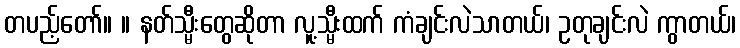
တပည့်တော်။ ။ နတ်သ္မီးတွေဆိုတာ လူ့သ္မီးထက် ကံချင်းလဲသာတယ်၊ ဥတုချင်းလဲ ကွာတယ်၊